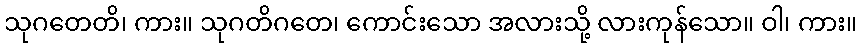
သုဂတေတိ၊ ကား။ သုဂတိဂတေ၊ ကောင်းသော အလားသို့ လားကုန်သော။ ဝါ၊ ကား။